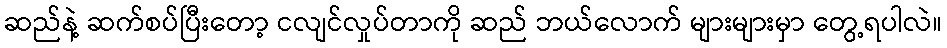
ဆည်နဲ့ ဆက်စပ်ပြီးတော့ ငလျင်လှုပ်တာကို ဆည် ဘယ်လောက် များများမှာ တွေ့ရပါလဲ။